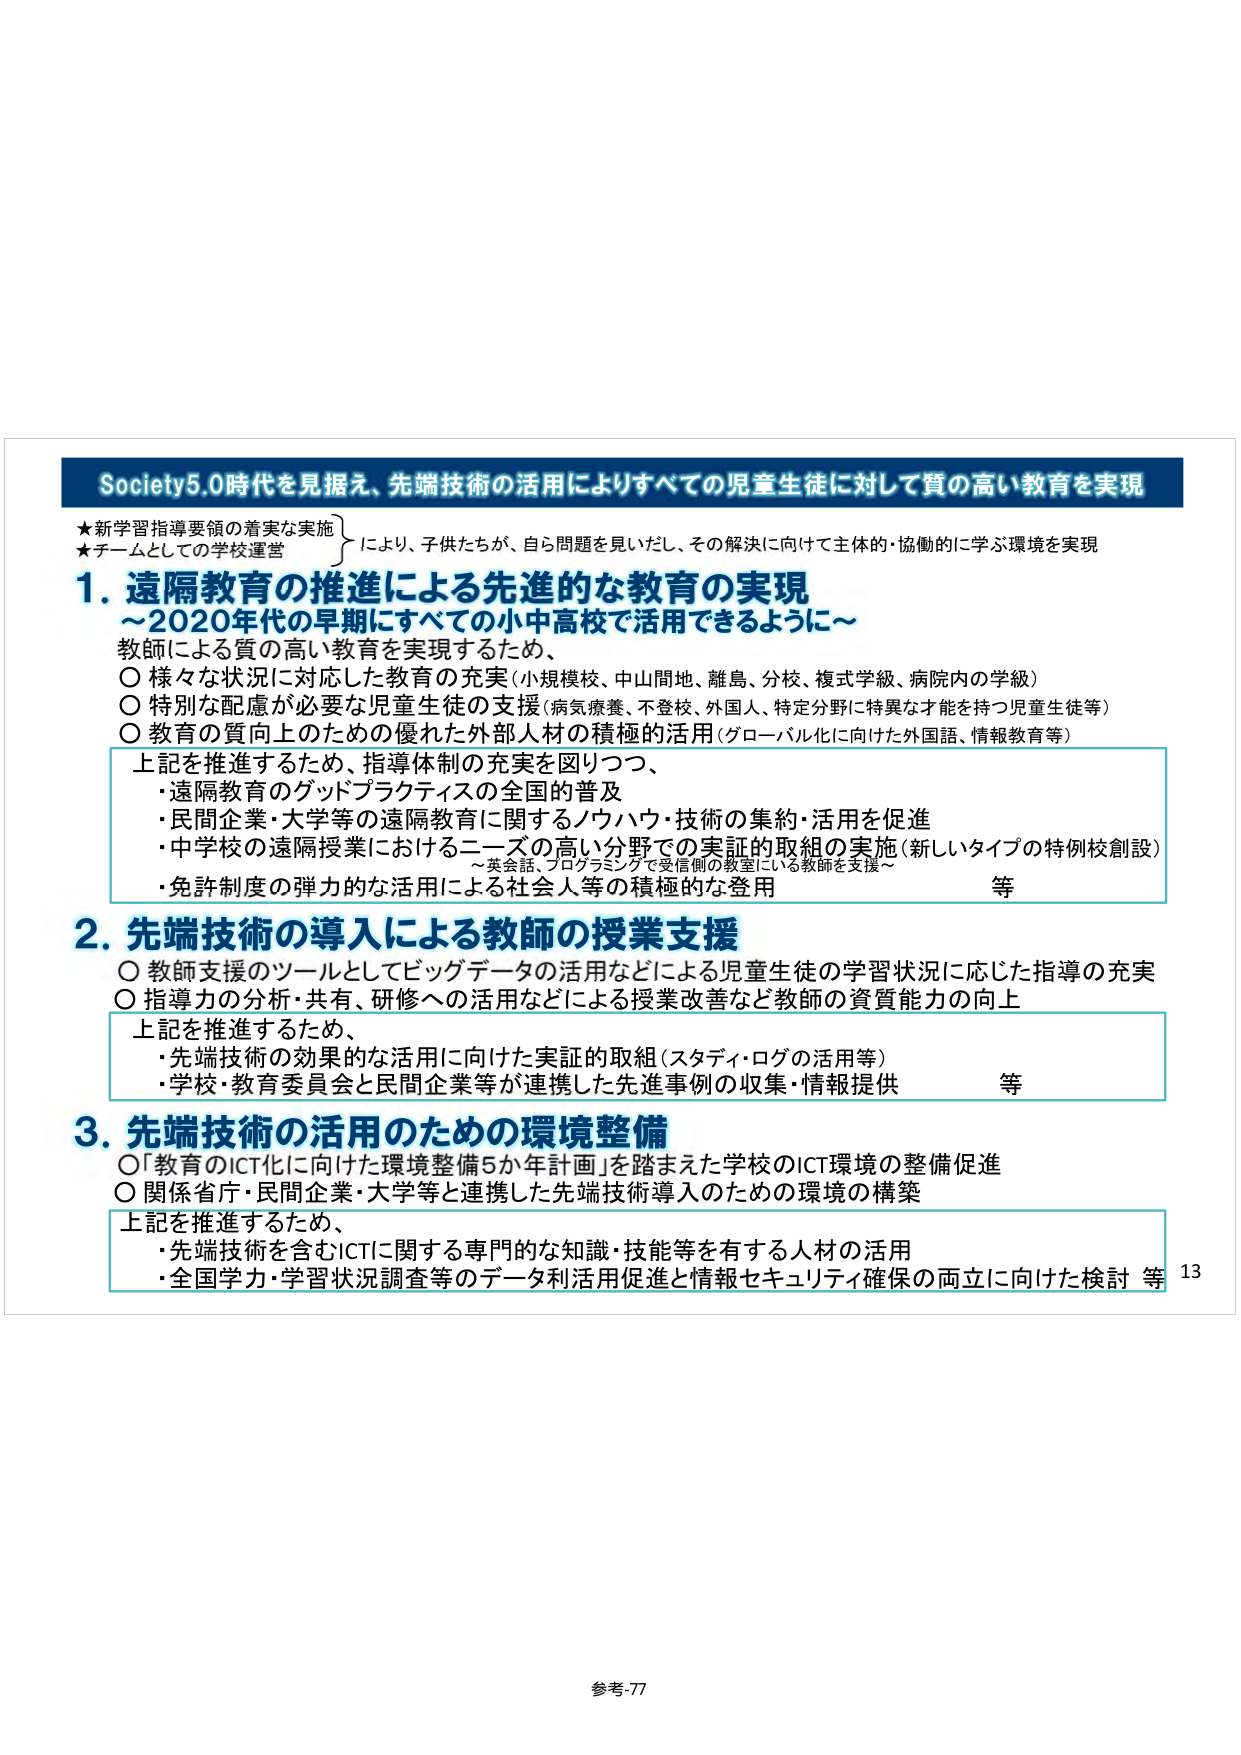
Society5.0時代を見据え、先端技術の活用によりすべての児童生徒に対して質の高い教育を実現

★新学習指導要領の着実な実施
★チームとしての学校運営
により、子供たちが、自ら問題を見いだし、その解決に向けて主体的・協働的に学ぶ環境を実現

1. 遠隔教育の推進による先進的な教育の実現
～2020年代の早期にすべての小中高校で活用できるように～

教師による質の高い教育を実現するため、
〇 様々な状況に対応した教育の充実（小規模校、中山間地、離島、分校、複式学級、病院内の学級）
〇 特別な配慮が必要な児童生徒の支援（病気療養、不登校、外国人、特定分野に特異な才能を持つ児童生徒等）
〇 教育の質向上のための優れた外部人材の積極的活用（グローバル化に向けた外国語、情報教育等）

上記を推進するため、指導体制の充実を図りつつ、
・遠隔教育のグッドプラクティスの全国的普及
・民間企業・大学等の遠隔教育に関するノウハウ・技術の集約・活用を促進
・中学校の遠隔授業におけるニーズの高い分野での実証的取組の実施（新しいタイプの特例校創設）
　～英会話、プログラミングで受信側の教室にいる教師を支援～
・免許制度の弾力的な活用による社会人等の積極的な登用　等

2. 先端技術の導入による教師の授業支援
〇 教師支援のツールとしてビッグデータの活用などによる児童生徒の学習状況に応じた指導の充実
〇 指導力の分析・共有、研修への活用などによる授業改善など教師の資質能力の向上

上記を推進するため、
・先端技術の効果的な活用に向けた実証的取組（スタディ・ログの活用等）
・学校・教育委員会と民間企業等が連携した先進事例の収集・情報提供　等

3. 先端技術の活用のための環境整備
〇「教育のICT化に向けた環境整備5か年計画」を踏まえた学校のICT環境の整備促進
〇 関係省庁・民間企業・大学等と連携した先端技術導入のための環境の構築

上記を推進するため、
・先端技術を含むICTに関する専門的な知識・技能等を有する人材の活用
・全国学力・学習状況調査等のデータ利活用促進と情報セキュリティ確保の両立に向けた検討　等

13

参考-77